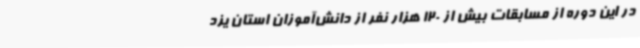
در این دوره از مسابقات بیش از 120 هزار نفر از دانش‌آموزان استان یزد